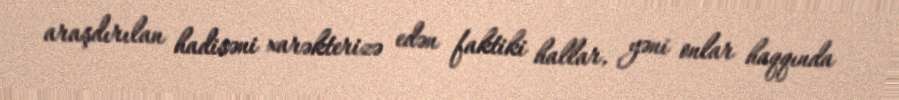
araşdırılan hadisəni xarəkterizə edən faktiki hallar, yəni onlar haqqında